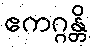
ဧကဂ္ဂန္တိ